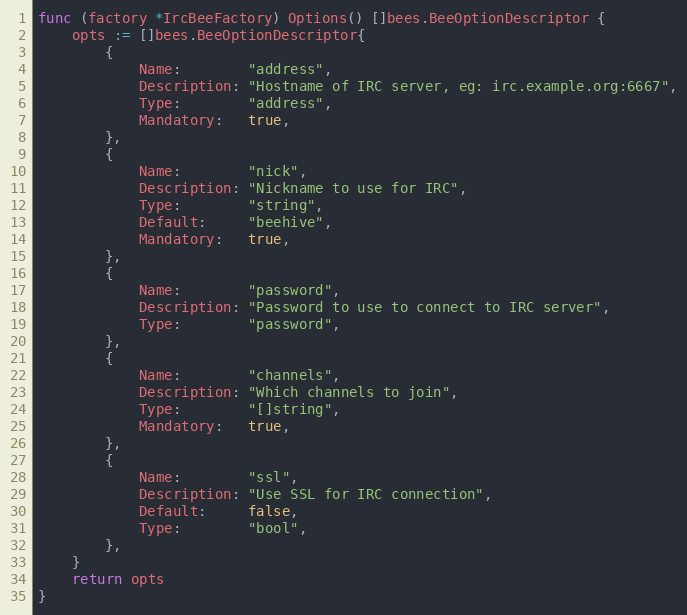
Language: Go
func (factory *IrcBeeFactory) Options() []bees.BeeOptionDescriptor {
	opts := []bees.BeeOptionDescriptor{
		{
			Name:        "address",
			Description: "Hostname of IRC server, eg: irc.example.org:6667",
			Type:        "address",
			Mandatory:   true,
		},
		{
			Name:        "nick",
			Description: "Nickname to use for IRC",
			Type:        "string",
			Default:     "beehive",
			Mandatory:   true,
		},
		{
			Name:        "password",
			Description: "Password to use to connect to IRC server",
			Type:        "password",
		},
		{
			Name:        "channels",
			Description: "Which channels to join",
			Type:        "[]string",
			Mandatory:   true,
		},
		{
			Name:        "ssl",
			Description: "Use SSL for IRC connection",
			Default:     false,
			Type:        "bool",
		},
	}
	return opts
}